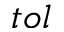
t o l